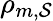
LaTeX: \rho_{m,\mathcal{S}}